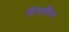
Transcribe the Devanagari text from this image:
विंडशील्‍ड